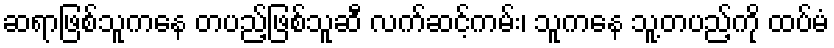
ဆရာဖြစ်သူကနေ တပည့်ဖြစ်သူဆီ လက်ဆင့်ကမ်း၊ သူကနေ သူ့တပည့်ကို ထပ်မံ